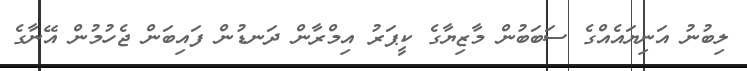
ލިބުނު އަނިޔައެއްގެ ސަބަބުން މާޒިޔާގެ ކީޕަރު އިމްރާން ދަނޑުން ފައިބަން ޖެހުމުން އޭނާގެ